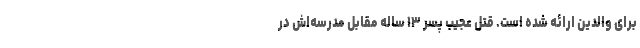
برای والدین ارائه شده است. قتل عجیب پسر ۱۳ ساله مقابل مدرسه‌اش در